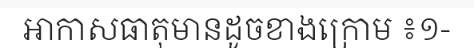
អាកាសធាតុមានដូចខាងក្រោម ៖១-